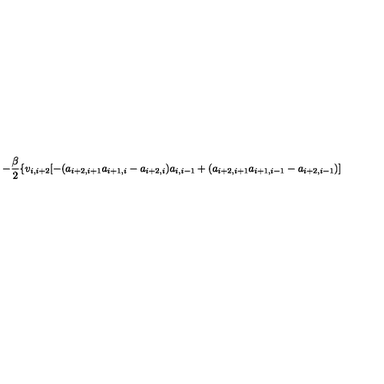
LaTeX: - \frac { \beta } { 2 } \{ v _ { i , i + 2 } [ - ( a _ { i + 2 , i + 1 } a _ { i + 1 , i } - a _ { i + 2 , i } ) a _ { i , i - 1 } + ( a _ { i + 2 , i + 1 } a _ { i + 1 , i - 1 } - a _ { i + 2 , i - 1 } ) ]